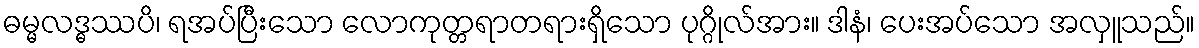
ဓမ္မလဒ္ဓဿပိ၊ ရအပ်ပြီးသော လောကုတ္တရာတရားရှိသော ပုဂ္ဂိုလ်အား။ ဒါနံ၊ ပေးအပ်သော အလှူသည်။